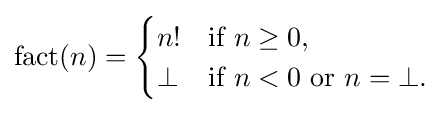
\operatorname {fact} (n)={\begin{cases}n!&{\text{if }}n\geq 0,\\\bot &{\text{if }}n<0{\text{ or }}n=\bot .\end{cases}}